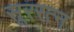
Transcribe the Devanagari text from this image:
सूररत्‍न